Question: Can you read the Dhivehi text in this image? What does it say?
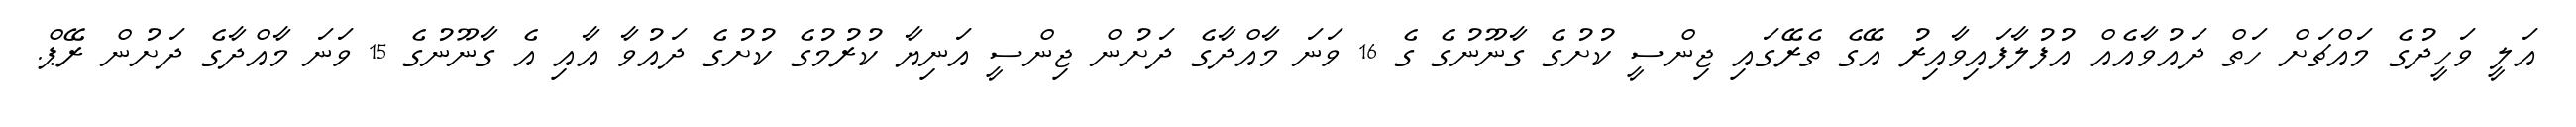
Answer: އަލީ ވަހީދުގެ މައްޗަށް ހަތް ދައުވާއެއް އުފުލާފައިވާއިރު އޭގެ ތެރޭގައި ޖިންސީ ކުށުގެ ގާނޫނުގެ ގެ 16 ވަނަ މާއްދާގެ ދަށުން ޖިންސީ އަނިޔާ ކުރުމުގެ ކުށުގެ ދައުވާ އާއި އެ ގާނޫނުގެ 15 ވަނަ މާއްދާގެ ދަށުން ރޭޕް.